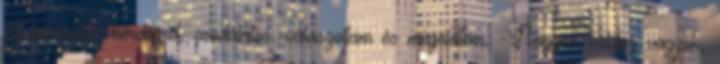
ezt komolyan kérdezed, csodálatos.-válaszoltam és megöleltem. -Nagyon boldog vagyok,